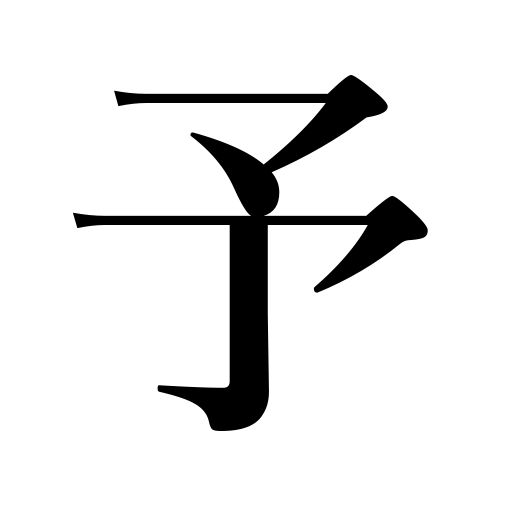
Meanings: myself,I,the writer